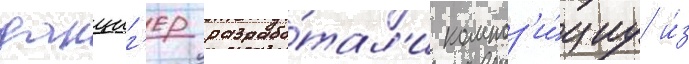
данциг'ер разрабо́тал'и композ'и́циу и́з